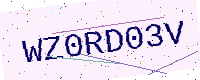
Text: WZ0RD03V